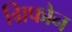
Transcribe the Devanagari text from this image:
ग्रिफौन